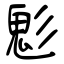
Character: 鬽